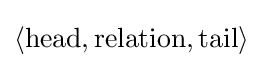
\langle {\text{head}},{\text{relation}},{\text{tail}}\rangle